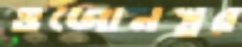
ওজোনস্তর